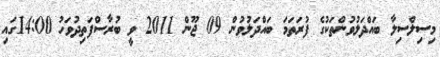
މިސިލްސިލާ ބައްދަލުވުންތަކުގެ ފުރަތަމަ ބައްދަލުވުން 09 ޖޫން 2011 ވީ ބުރާސްފަތިދުވަހު 14:00ގައި